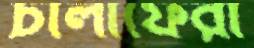
চালাফেরা